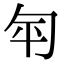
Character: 匉